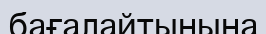
бағалайтынына